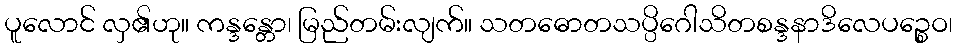
ပူလောင် လှ၏ဟု။ ကန္ဒန္တော၊ မြည်တမ်းလျက်။ သတဓောတသပ္ပိဂေါသိတစန္ဒနာဒိလေပဉ္စေဝ၊